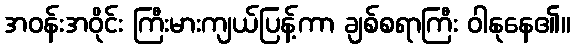
အဝန်းအဝိုင်း ကြီးမားကျယ်ပြန့်ကာ ချစ်စရာကြီး ဝါနုနေ၏။